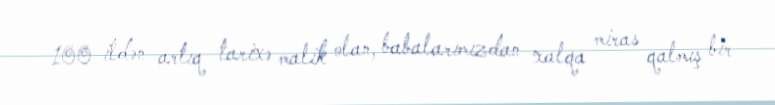
100 ildən artıq tarixə malik olan, babalarımızdan xalqa miras qalmış bir